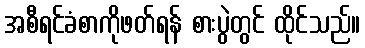
အစီရင်ခံစာကိုဖတ်ရန် စားပွဲတွင် ထိုင်သည်။